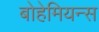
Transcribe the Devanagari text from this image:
बोहेमियन्स